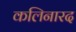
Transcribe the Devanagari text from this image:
कलिनारद